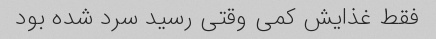
فقط غذایش کمی وقتی رسید سرد شده بود